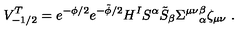
V _ { - 1 / 2 } ^ { T } = e ^ { - \phi / 2 } e ^ { - \tilde { \phi } / 2 } H ^ { I } S ^ { \alpha } \tilde { S } _ { \beta } { \Sigma ^ { \mu \nu } } _ { \alpha } ^ { \beta } \zeta _ { \mu \nu } \ .